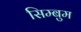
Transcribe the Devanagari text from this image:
सिम्बुम